Report of the Indian Hemp Drugs Commission, 1894-1895 - Volume IV
Year: 1894
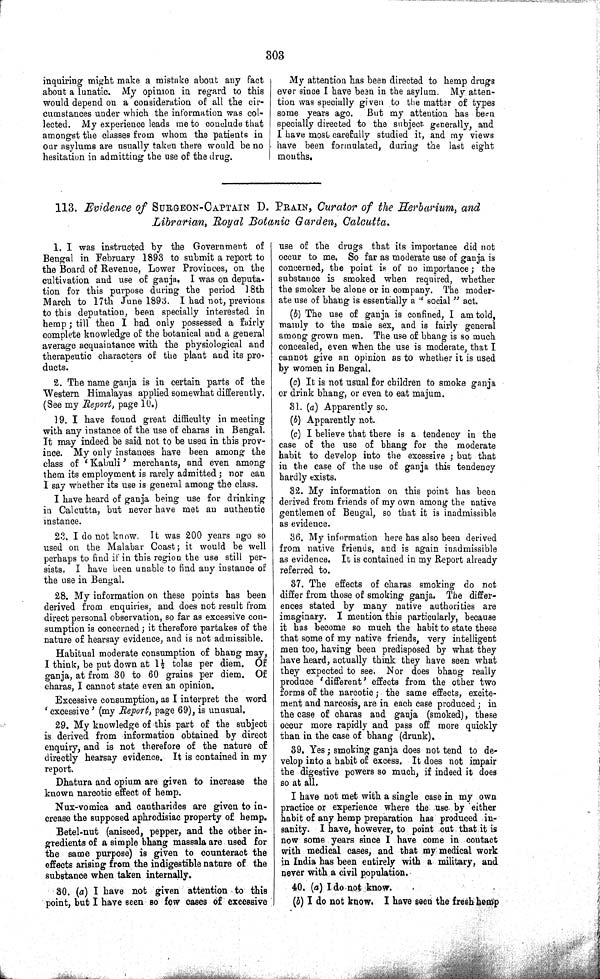
303
inquiring might make a mistake about any fact
about a lunatic. My opinion in regard to this
would depend on a consideration of all the cir-
cumstances under which the information was col-
lected. My experience leads me to conclude that
amongst the classes from whom the patients in
our asylums are usually taken there would be no
hesitation in admitting the use of the drug.
My attention has been directed to hemp drugs
ever since I have been in the asylum. My atten-
tion was specially given to the matter of types
some years ago.
But my attention has been
specially directed to the subject generally, and
I have most carefully studied it, and my views
have been formulated, during the last eight
months.
113. Evidence of SURGEON-CAPTAIN D. PRAIN, Curator of the Herbarium, and
Librarian, Royal Botanic Garden, Calcutta.
1. I was instructed by the Government of
Bengal in February 1893 to submit a report to
the Board of Revenue, Lower Provinces, on the
cultivation and use of ganja. I was on deputa-
tion for this purpose during the period 18th
March to 17th June 1893. I had not, previous
to this deputation, been specially interested in
hemp; till then I had only possessed a fairly
complete knowledge of the botanical and a general
average acquaintance with the physiological and
therapeutic characters of the plant and its pro-
ducts.
2. The name ganja is in certain parts of the
Western Himalayas applied somewhat differently.
(See my Report, page 10.)
19. I have found great difficulty in meeting
with any instance of the use of charas in Bengal.
It may indeed be said not to be used in this prov-
ince. My only instances have been among the
class of 'Kabuli' merchants, and even among
them its employment is rarely admitted; nor can
I say whether its use is general among the class.
I have heard of ganja being use for drinking
in Calcutta, but never have met an authentic
instance.
23. I do not know. It was 200 years ago so
used on the Malabar Coast; it would be well
perhaps to find if in this region the use still per-
sists. I have been unable to find any instance of
the use in Bengal.
28. My information on these points has been
derived from enquiries, and does not result from
direct personal observation, so far as excessive con-
sumption is concerned; it therefore partakes of the
nature of hearsay evidence, and is not admissible.
Habitual moderate consumption of bhang may,
I think, be put down at 1½ tolas per diem. Of
ganja, at from 30 to 60 grains per diem. Of
charas, I cannot state even an opinion.
Excessive consumption, as I interpret the word
'excessive' (my Report, page 69), is unusual.
29. My knowledge of this part of the subject
is derived from information obtained by direct
enquiry, and is not therefore of the nature of
directly hearsay evidence. It is contained in my
report.
Dhatura and opium are given to increase the
known narcotic effect of hemp.
Nux-vomica and cantharides are given to in-
crease the supposed aphrodisiac property of hemp.
Betel-nut (aniseed, pepper, and the other in-
gredients of a simple bhang massala are used for
the same purpose) is given to counteract the
effects arising from the indigestible nature of the
substance when taken internally.
30. (a) I have not given attention to this
point, but I have seen so few cases of excessive
use of the drugs that its importance did not
occur to me. So far as moderate use of ganja is
concerned, the point is of no importance; the
substance is smoked when required, whether
the smoker be alone or in company. The moder-
ate use of bhang is essentially a "social" act.
(b) The use of ganja is confined, I am told,
mainly to the male sex, and is fairly general
among grown men. The use of bhang is so much
concealed, even when the use is moderate, that I
cannot give an opinion as to whether it is used
by women in Bengal.
(c) It is not usual for children to smoke ganja
or drink bhang, or even to eat majum.
31. (a) Apparently so.
(b) Apparently not.
(c) I believe that there is a tendency in the
case of the use of bhang for the moderate
habit to develop into the excessive; but that
in the case of the use of ganja this tendency
hardly exists.
32. My information on this point has been
derived from friends of my own among the native
gentlemen of Bengal, so that it is inadmissible
as evidence.
36. My information here has also been derived
from native friends, and is again inadmissible
as evidence. It is contained in my Report already
referred to.
37. The effects of charas smoking do not
differ from those of smoking ganja. The differ-
ences stated by many native authorities are
imaginary. I mention this particularly, because
it has become so much the habit to state these
that some of my native friends, very intelligent
men too, having been predisposed by what they
have heard, actually think they have seen what
they expected to see. Nor does bhang really
produce 'different' effects from the other two
forms of the narcotic; the same effects, excite-
ment and narcosis, are in each case produced; in
the case of charas and ganja (smoked), these
occur more rapidly and pass off more quickly
than in the case of bhang (drunk).
39. Yes; smoking ganja does not tend to de-
velop into a habit of excess. It does not impair
the digestive powers so much, if indeed it does
so at all.
I have not met with a single case in my own
practice or experience where the use by either
habit of any hemp preparation has produced in-
sanity. I have, however, to point out that it is
now some years since I have come in contact
with medical cases, and that my medical work
in India has been entirely with a military, and
never with a civil population.
40. (a) I do not know.
(b) I do not know. I have seen the fresh hemp